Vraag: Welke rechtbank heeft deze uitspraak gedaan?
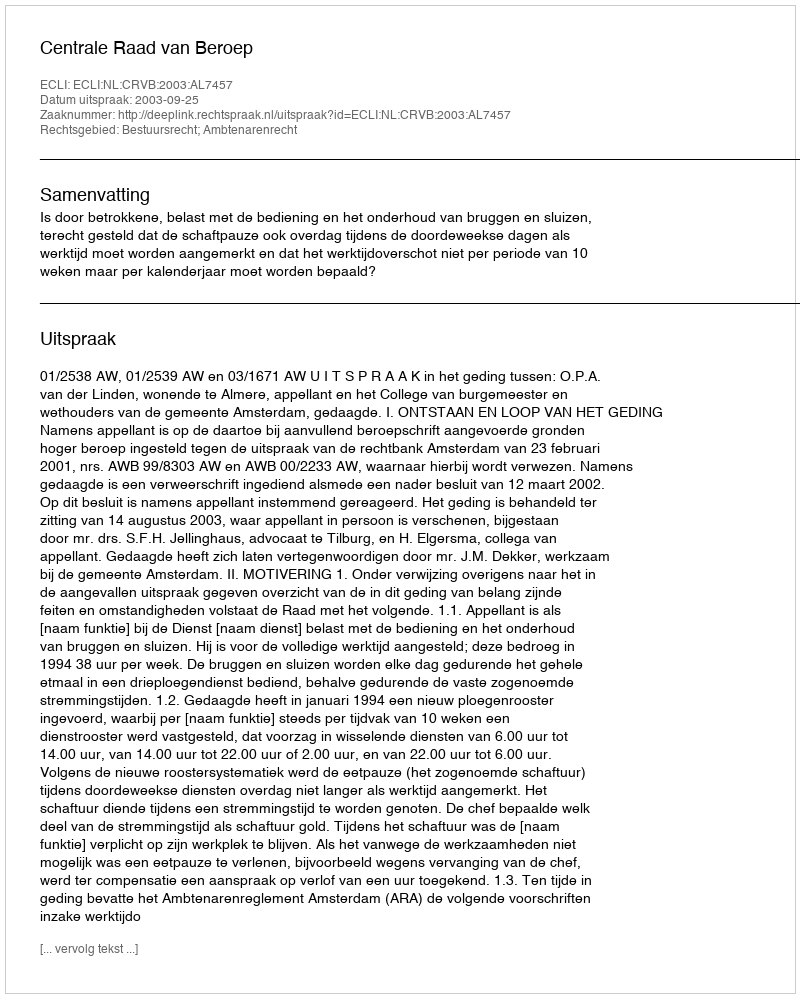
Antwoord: Centrale Raad van Beroep